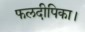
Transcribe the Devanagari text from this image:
फलदीपिका।